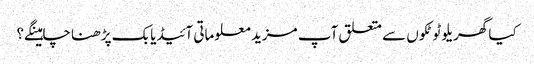
کیا گھریلو ٹوٹکوں سے متعلق آپ مزید معلوماتی آئیڈیابک پڑھنا چاہینگے؟